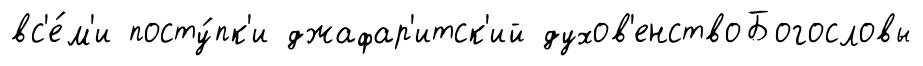
вс'е́м'и посту́пк'и джафар'итск'ий духов'енствоБогословы